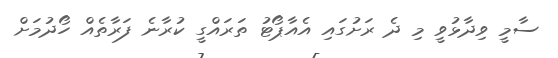
ސާމީ ވިދާޅުވީ މި ދެ ރަށުގައި އެއާޕޯޓު ތަރައްގީ ކުރާނެ ފަރާތެއް ހޯދުމަށް